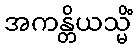
အကန္တိယသ္မိံ